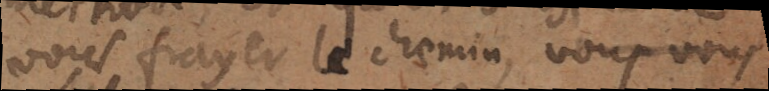
vous frayer le chemin, vous vous